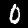
Digit: 0